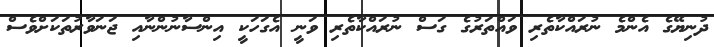
ދުނިޔޭގެ އެންމެ ނުރައްކާތެރި ވައްތަރުގެ ގަސް ނުރައްކާތެރި ވަނީ އެގަހަކީ އިންސާނުންނާއި ޖަނަވާރުތަކަށްވެސް